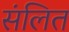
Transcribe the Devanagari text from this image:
संलित